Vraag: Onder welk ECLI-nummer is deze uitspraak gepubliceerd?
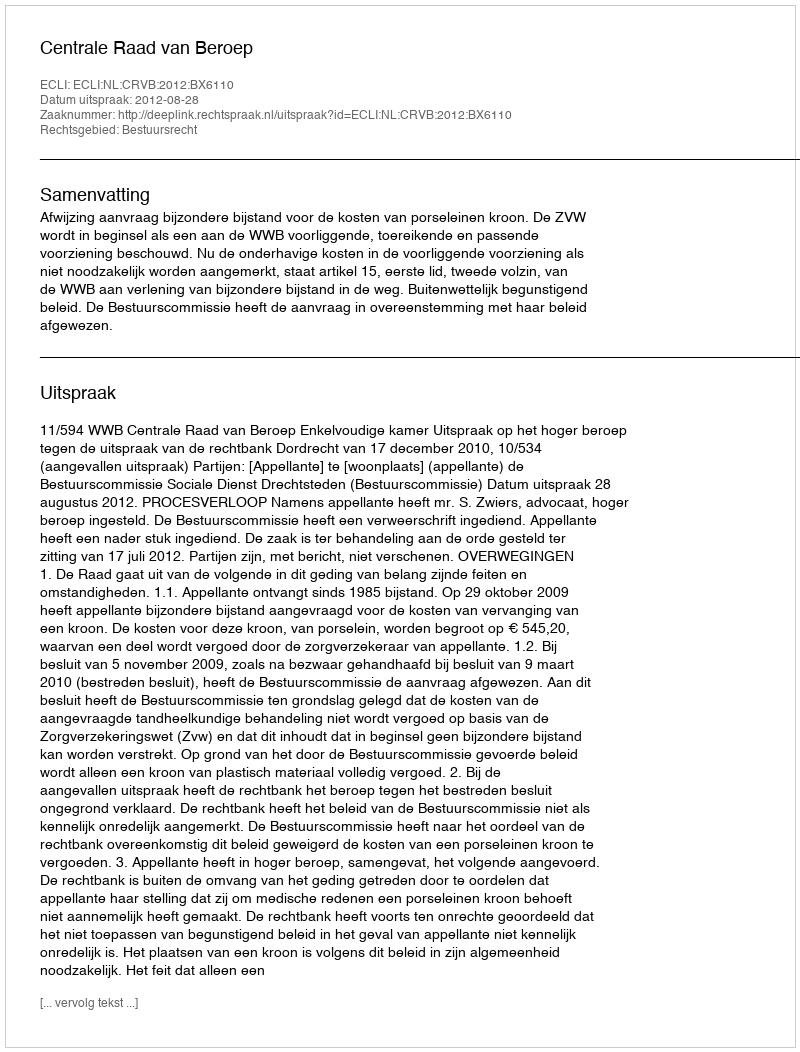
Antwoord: ECLI:NL:CRVB:2012:BX6110